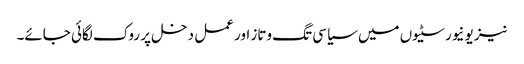
نیز یونیورسٹیوں میں سیاسی تگ وتاز اور عمل دخل پر روک لگائی جائے۔